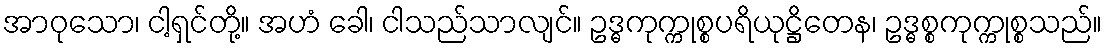
အာဝုသော၊ ငါ့ရှင်တို့။ အဟံ ခေါ၊ ငါသည်သာလျင်။ ဥဒ္ဓကုက္ကုစ္စပရိယုဋ္ဌိတေန၊ ဥဒ္ဓစ္စကုက္ကုစ္စသည်။